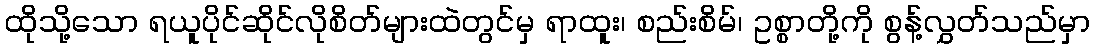
ထိုသို့သော ရယူပိုင်ဆိုင်လိုစိတ်များထဲတွင်မှ ရာထူး၊ စည်းစိမ်၊ ဥစ္စာတို့ကို စွန့်လွှတ်သည်မှာ